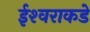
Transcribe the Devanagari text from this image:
ईश्‍वराकडे